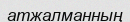
атжалманның